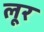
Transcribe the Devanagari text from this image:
लूर